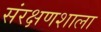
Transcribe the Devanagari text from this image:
संरक्षणशाला